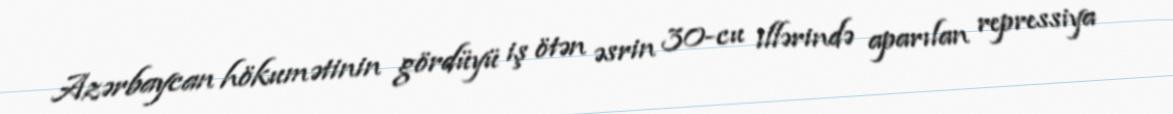
Azərbaycan hökumətinin gördüyü iş ötən əsrin 30-cu illərində aparılan repressiya